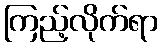
ကြည့်လိုက်ရာ